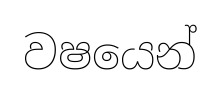
වෂයෙන්